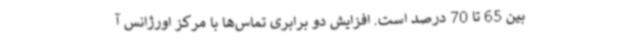
بین 65 تا 70 درصد است. افزایش دو برابری تماس‌ها با مرکز اورژانس آ